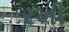
રખી